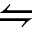
\leftrightharpoons